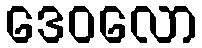
ဒေဝလော